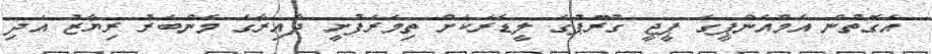
އެގޮތުން އެމްއެންޕީގެ ޕީޖީ ގުރޫޕުގެ ލީޑަރަކަށް ތިމަރަފުށީ ދާއިރާގެ މެންބަރު ރިޔާޒު އަދި